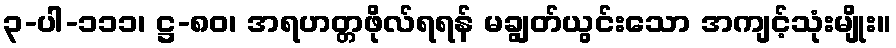
၃-ပါ-၁၁၁၊ ဋ္ဌ-၈၀၊ အရဟတ္တဖိုလ်ရရန် မချွတ်ယွင်းသော အကျင့်သုံးမျိုး။